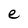
Character: e